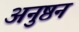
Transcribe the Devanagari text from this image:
अनुष्ठन